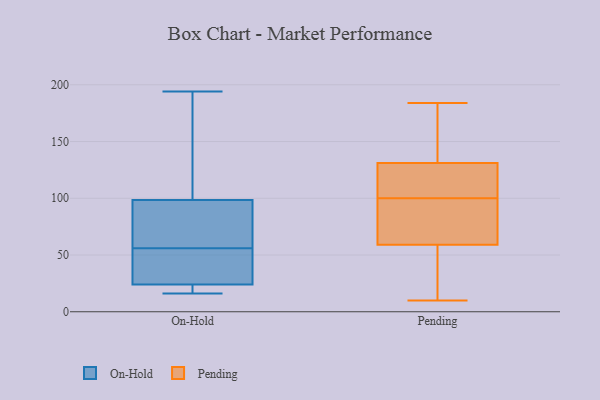
{"axis": {"x": "Temperature (°C)", "y": "Value"}, "legend": ["On-Hold", "Pending"], "data": [{"x": "", "y": 19, "type": "On-Hold"}, {"x": "", "y": 194, "type": "On-Hold"}, {"x": "", "y": 31, "type": "On-Hold"}, {"x": "", "y": 28, "type": "On-Hold"}, {"x": "", "y": 70, "type": "On-Hold"}, {"x": "", "y": 25, "type": "On-Hold"}, {"x": "", "y": 21, "type": "On-Hold"}, {"x": "", "y": 84, "type": "On-Hold"}, {"x": "", "y": 56, "type": "On-Hold"}, {"x": "", "y": 174, "type": "On-Hold"}, {"x": "", "y": 16, "type": "On-Hold"}, {"x": "", "y": 88, "type": "On-Hold"}, {"x": "", "y": 130, "type": "On-Hold"}, {"x": "", "y": 84, "type": "Pending"}, {"x": "", "y": 10, "type": "Pending"}, {"x": "", "y": 11, "type": "Pending"}, {"x": "", "y": 122, "type": "Pending"}, {"x": "", "y": 118, "type": "Pending"}, {"x": "", "y": 85, "type": "Pending"}, {"x": "", "y": 102, "type": "Pending"}, {"x": "", "y": 98, "type": "Pending"}, {"x": "", "y": 179, "type": "Pending"}, {"x": "", "y": 90, "type": "Pending"}, {"x": "", "y": 16, "type": "Pending"}, {"x": "", "y": 182, "type": "Pending"}, {"x": "", "y": 184, "type": "Pending"}, {"x": "", "y": 59, "type": "Pending"}, {"x": "", "y": 131, "type": "Pending"}, {"x": "", "y": 126, "type": "Pending"}, {"x": "", "y": 41, "type": "Pending"}, {"x": "", "y": 157, "type": "Pending"}]}